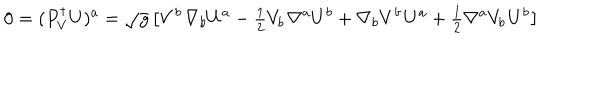
0 = ( P _ { V } ^ { \dagger } U ) ^ { a } = \sqrt g \left[ { V ^ { b } \kern 1 p t \nabla _ { b } U ^ { a } - { \textstyle { \frac { 1 } { 2 } } } V _ { b } \kern 1 p t \nabla ^ { a } U ^ { b } + \nabla _ { b } V ^ { b } \kern 1 p t U ^ { a } + { \textstyle { \frac { 1 } { 2 } } } \nabla ^ { a } V _ { b } \kern 1 p t U ^ { b } } \right]